Bulletin of the Pasteur Institute of Southern India, Coonoor - No. 2.
Year: 1909
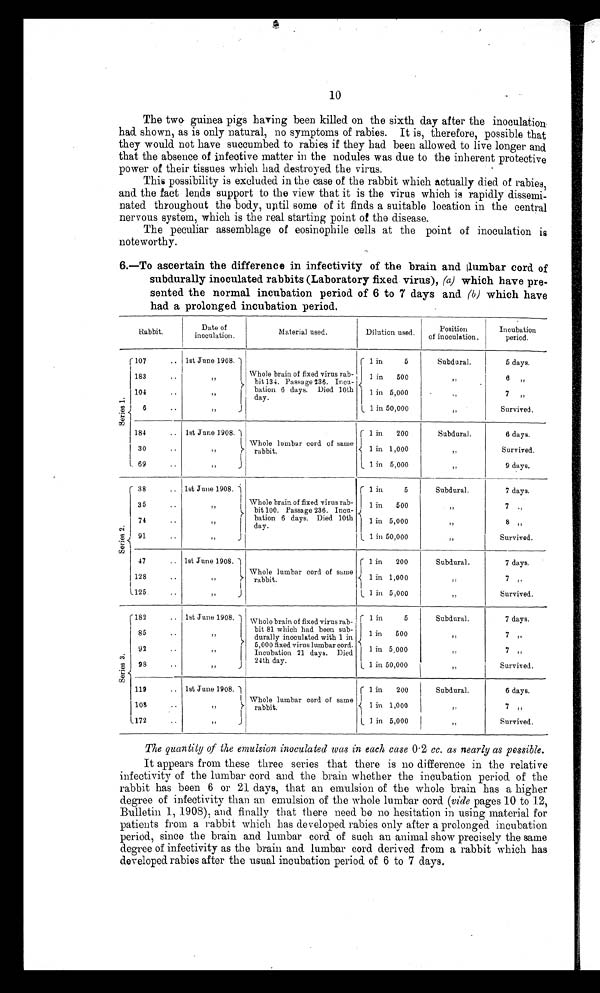
10
The two guinea pigs hating been killed on the sixth day after the inoculation.
had shown, as is only natural, no symptoms of rabies. It is, therefore, possible that
they would not have succumbed to rabies if they had been allowed to live longer and
that the absence of infective matter in the nodules was due to the inherent protective
power of their tissues which had destroyed the virus.
This possibility is excluded in the case of the rabbit which actually died of rabies,
and the fact lends support to the view that it is the virus which is rapidly dissemi-
nated throughout the body, until some of it finds a suitable location in the central
nervous system, which is the real starting point of the disease.
The peculiar assemblage of eosinophile cells at the point of inoculation is
noteworthy.
6.—To ascertain the difference in infectivity of the brain and lumbar cord of
subdurally inoculated rabbits (Laboratory fixed virus), (a) which have pre-
sented the normal incubation period of 6 to 7 days and (b) which have
had a prolonged incubation period.
Rabbit,
Date of
inoculation,
Material used.
Dilution used.
Position
of inoculation,
Incubation
period.
S e r i es 1
1 107
.. 1st Juno 1908.
1 1 in
5
Subdural.
5 days.
183
..
Whole brain of fixed virus rah-
bit 134. Passage 236. Incu-
bation 6 days. Died 10th
day.
1 in
500
8 „
104
..
1
1 in 5,000
7
„
1 in 50,000
,,
Survived.
6
..
„
184
.. 1st June 1908.
Whole lumbar cord of same
rabbit.
1 1 in
200
Subdural.
6 days.
30
..
I I
„
1 in 1,000
,,
Survived.
1. 69
..
„
J
l 1 in 5,000
„
9 days.
S e r i e s 2 .
38
.. let June 1908.
1 1 in
5
Subdural.
7 days.
35
..
Whole brain of fixed virus rab-
bit 100. Passage 236. Incu-
bation 6 days. Died 10t
day.
1 in
500
77
7
' 1 in 5, 00000
8
74
1 in 50,000
Survived.
91
..
47
.. 1st June 1908. 1
1 in
200
Subdural.
7 days
128
•
"
Whole lumbar cord of same
rabbit.
1 in 1,000
7
1 2 5
„
1 in 5,000
„
Survived.
S e r i e s 3 .
1 182
.. 1st June 1908.
Whole brain of fixed virus rab-
bit 81 which had been sub-
durally inoculated with 1 in
5,000 fixed virus lumbar cord.
Incubation 21 days. Died
24th day.
1 in
5
Subdural
7 days.
85
..
1 in
500
,,
7
9 2
1 in 5,000
17
7
1 in 50,000
Survived.
98
..
119
.. 1st June 1908. 1
Whole lumbar cord of same
rabbit.
1 1 in
200
Subdural.
6 days.
108
..
„
1 in 1,000
„
7
1 7 2
..
7
I in 5,000
Survived.
The quantity of the emulsion inoculated was in each case 0 . 2 cc. as nearly as possible.
It appears from these three series that there is no difference in the relati ve
infectivity of the lumbar cord and the brain whether the incubation period of the
rabbit has been 6 or 21 days, that an emulsion of the whole brain has a higher
degree of infectivity than an emulsion of the whole lumbar cord (vide pages 10 to 12,
Bulletin 1, 1908), and finally that there need be no hesitation in using material for
patients from a rabbit which has developed rabies only after a prolonged incubation
period, since the brain and lumbar cord of such an animal show precisely the same
degree of infectivity as the brain and lumbar cord derived from a rabbit which has
developed rabies after the usual incubation period of 6 to 7 days.